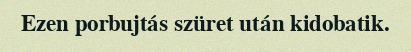
Ezen porbujtás szüret után kidobatik.